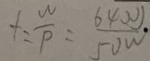
+ = \frac { w } { p } = \frac { 6 4 ( w ) } { 5 0 w }